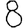
Digit: 8